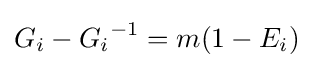
G_{i}-{G_{i}}^{-1}=m(1-E_{i})